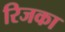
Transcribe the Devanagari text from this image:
रिजका